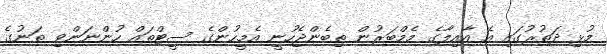
މުޅި ދަތުރުގައި އެ އާއިލާގެ މެމްބަރުން ތިބެންޖެހުނީ އެމީހުންގެ ސީޓްތައް ހުންނަންވި ތަނުގެ